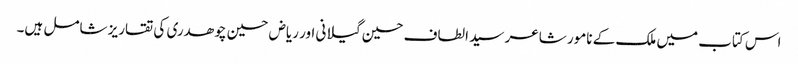
اس کتاب میں ملک کے نامور شاعر سید الطاف حسین گیلانی اور ریاض حسین چوھدری کی تقاریز شامل ہیں۔